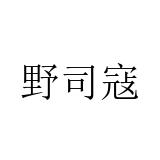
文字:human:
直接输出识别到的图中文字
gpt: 野司寇